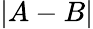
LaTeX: \left|A-B\right|